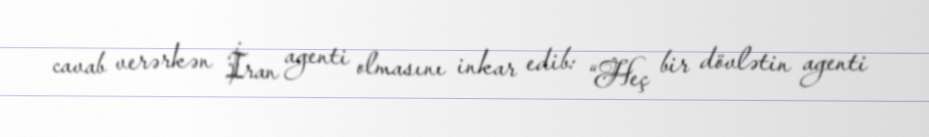
cavab verərkən İran agenti olmasını inkar edib: “Heç bir dövlətin agenti